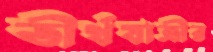
তীর্থযাত্রীর